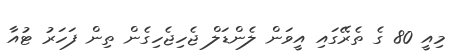
މިއީ 80 ގެ ތެރޭގައި އީވަން ލެންޑަލް ޖެހިޖެހިގެން ތިން ފަހަރު ޓުއާ